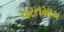
પરતમામ